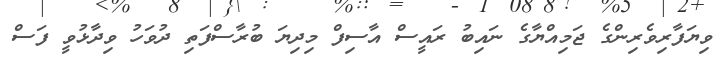
ވިޔަފާރިވެރިންގެ ޖަމިއްޔާގެ ނައިބު ރައީސް އާސިފް މިދިޔަ ބުރާސްފަތި ދުވަހު ވިދާޅުވީ ފަސް